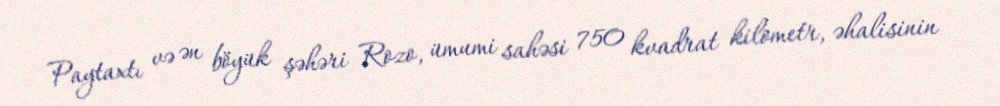
Paytaxtı və ən böyük şəhəri Rozo, ümumi sahəsi 750 kvadrat kilometr, əhalisinin